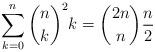
LaTeX: \begin{align*} \sum_{k=0}^n \binom{n}{k}^2 k = \binom{2n}{n}\frac{n}{2}\end{align*}